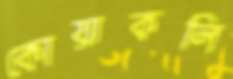
কোয়াকলি